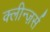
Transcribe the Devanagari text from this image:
क्लीन्ज़र्स